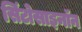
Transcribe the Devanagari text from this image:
सिंटोसाइनॉन